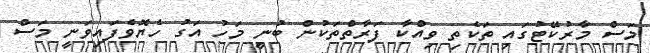
މަސް މާރުކޭޓުގައި ތަކެތި ވިއްކާ ފަރާތްތަކުން ބުނީ މަހު އަގު ހެޔޮވެފައިވަނީ މަސް